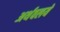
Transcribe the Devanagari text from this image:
अर्थवलये